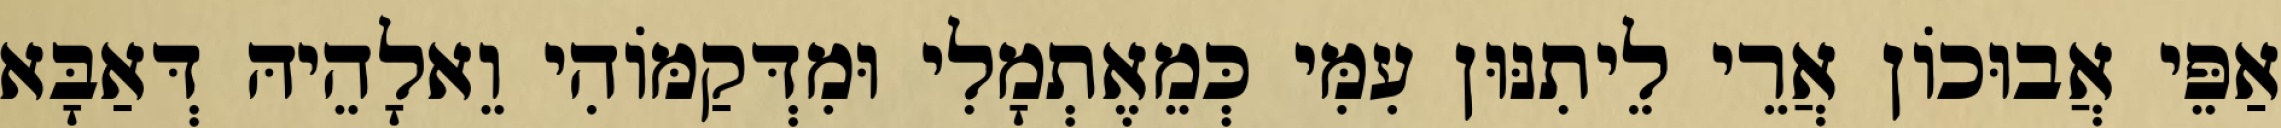
אַפֵּי אֲבוּכוֹן אֲרֵי לֵיתִנּוּן עִמִּי כְּמֵאֶתְמָלִי וּמִדְּקַמּוֹהִי וֵאלָהֵיהּ דְּאַבָּא